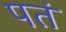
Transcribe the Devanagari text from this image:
पतं